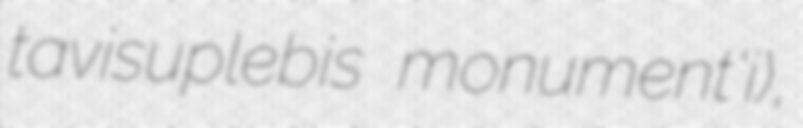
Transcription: tavisuplebis monument'i),